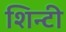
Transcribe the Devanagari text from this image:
शिन्टी